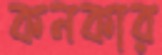
কনকার